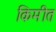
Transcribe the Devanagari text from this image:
किमीत